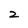
Character: 2